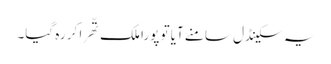
یہ سکینڈل سامنے آیا تو پورا ملک تّھرا کر رہ گیا۔